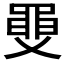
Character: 𦥼